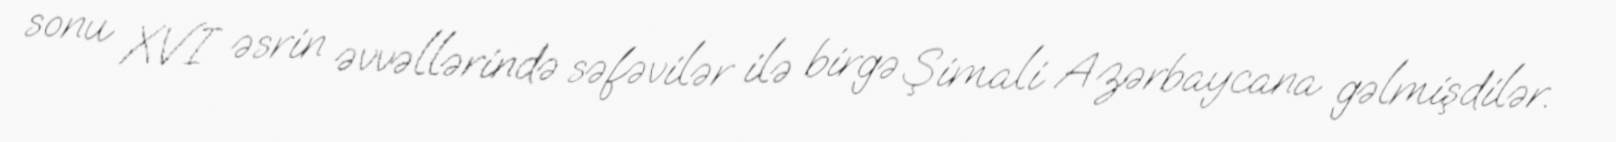
sonu XVI əsrin əvvəllərində səfəvilər ilə birgə Şimali Azərbaycana gəlmişdilər.